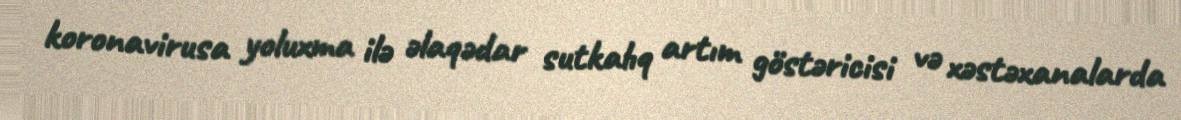
koronavirusa yoluxma ilə əlaqədar sutkalıq artım göstəricisi və xəstəxanalarda